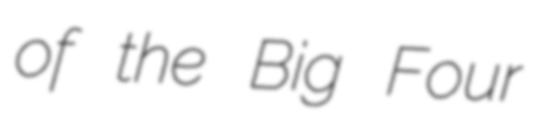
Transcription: of the Big Four